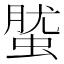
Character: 𧌌